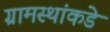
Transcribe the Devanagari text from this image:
ग्रामस्थांकडे